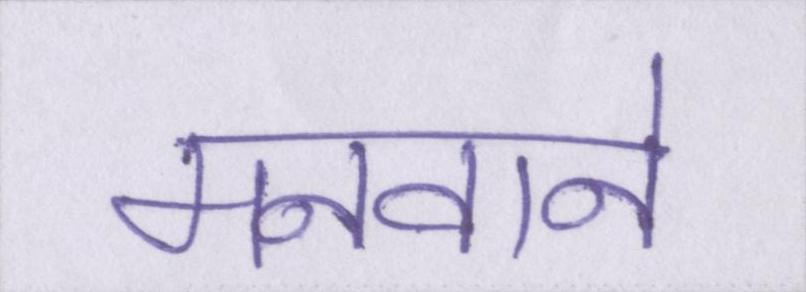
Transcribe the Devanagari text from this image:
मनवाने